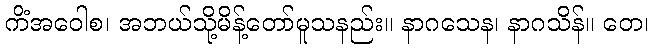
ကိံအဝေါစ၊ အဘယ်သို့မိန့်တော်မူသနည်း။ နာဂသေန၊ နာဂသိန်။ တေ၊